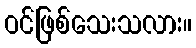
ဝင်ဖြစ်သေးသလား။